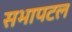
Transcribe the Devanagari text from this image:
सभापटल